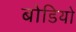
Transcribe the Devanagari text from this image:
बोडियो